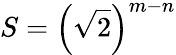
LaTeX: S=\left({\sqrt{2}}\right)^{m-n}